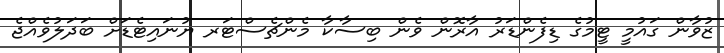
ޒުވާން ގައުމީ ޓީމުގެ ޑިފެންޑަރު އާރޮން ވެން ބިސާކާ މެންޗެސްޓަރ ޔުނައިޓެޑަށް ބަދަލުވެއްޖެ